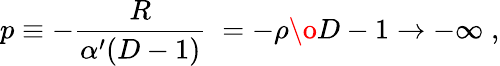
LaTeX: p\equiv-{\frac{R}{\alpha^{\prime}(D-1)}}\; =-{{\rho}\o{D-1}}\to-\infty\; ,